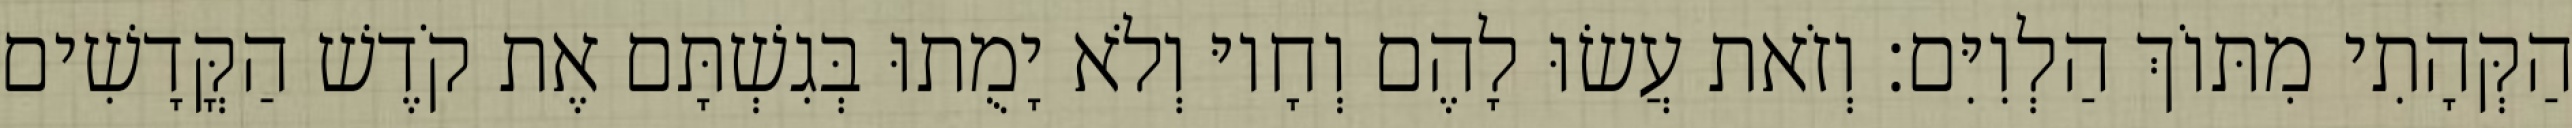
הַקְּהָתִי מִתּוֹךְ הַלְוִיִּם׃ וְזֹאת עֲשׂוּ לָהֶם וְחָיוּ וְלֹא יָמֻתוּ בְּגִשְׁתָּם אֶת קֹדֶשׁ הַקֳּדָשִׁים